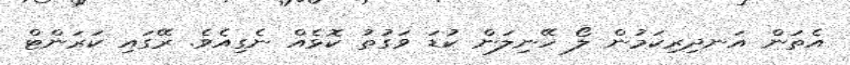
އެތަން އަނދިރިކަމުން ލޯ ހޭނިލަން ކުޑަ ވަގުތު ކޮޅެއް ނެގިއެވެ. ރޭގައި ކަރަންޓް